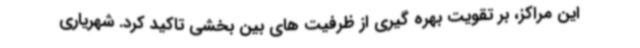
این مراکز، بر تقویت بهره گیری از ظرفیت های بین بخشی تاکید کرد. شهریاری